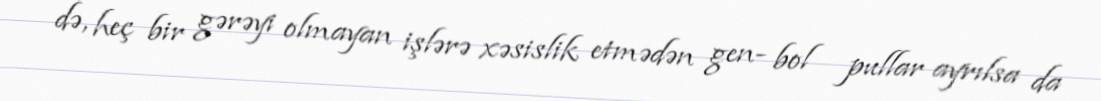
də, heç bir gərəyi olmayan işlərə xəsislik etmədən gen- bol pullar ayrılsa da